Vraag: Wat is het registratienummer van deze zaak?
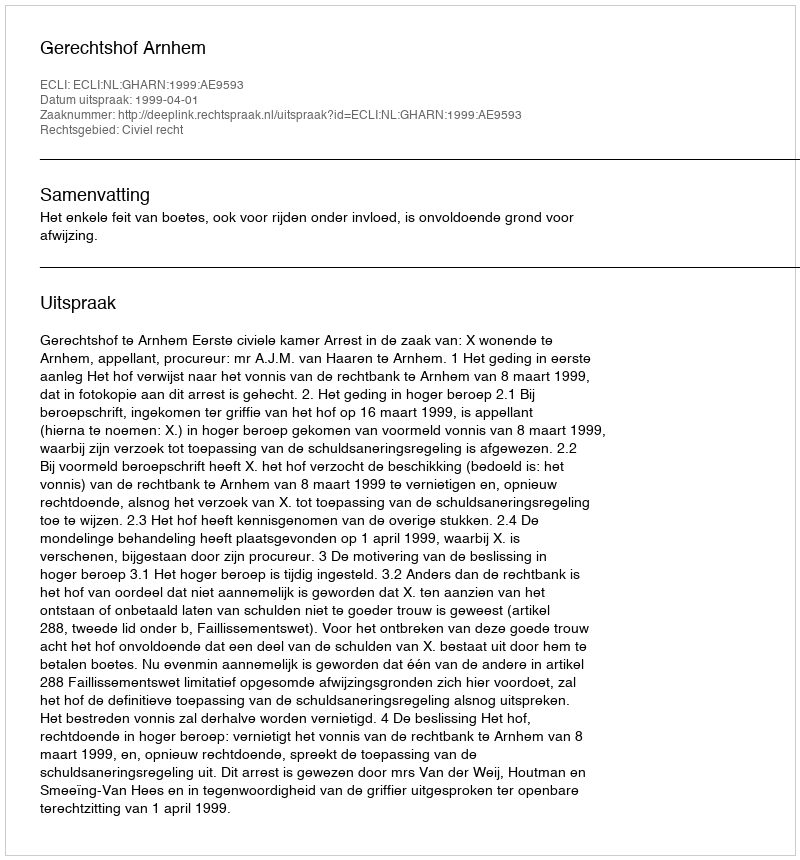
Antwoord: http://deeplink.rechtspraak.nl/uitspraak?id=ECLI:NL:GHARN:1999:AE9593